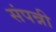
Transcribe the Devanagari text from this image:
संपन्नी